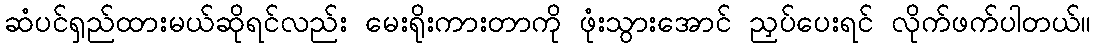
ဆံပင်ရှည်ထားမယ်ဆိုရင်လည်း မေးရိုးကားတာကို ဖုံးသွားအောင် ညှပ်ပေးရင် လိုက်ဖက်ပါတယ်။